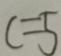
c = 5